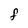
Character: f